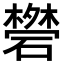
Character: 𥖥